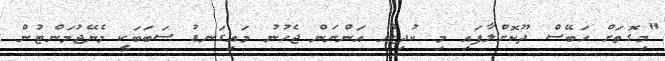
"މިގޮތަށް ހަބޭސް ދޫކޮށްލާފައި މި ކުދިން އަންނަން ޖެހުނު މައިގަނޑު ސަބަބަކީ މެނޭޖުމަންޓުން